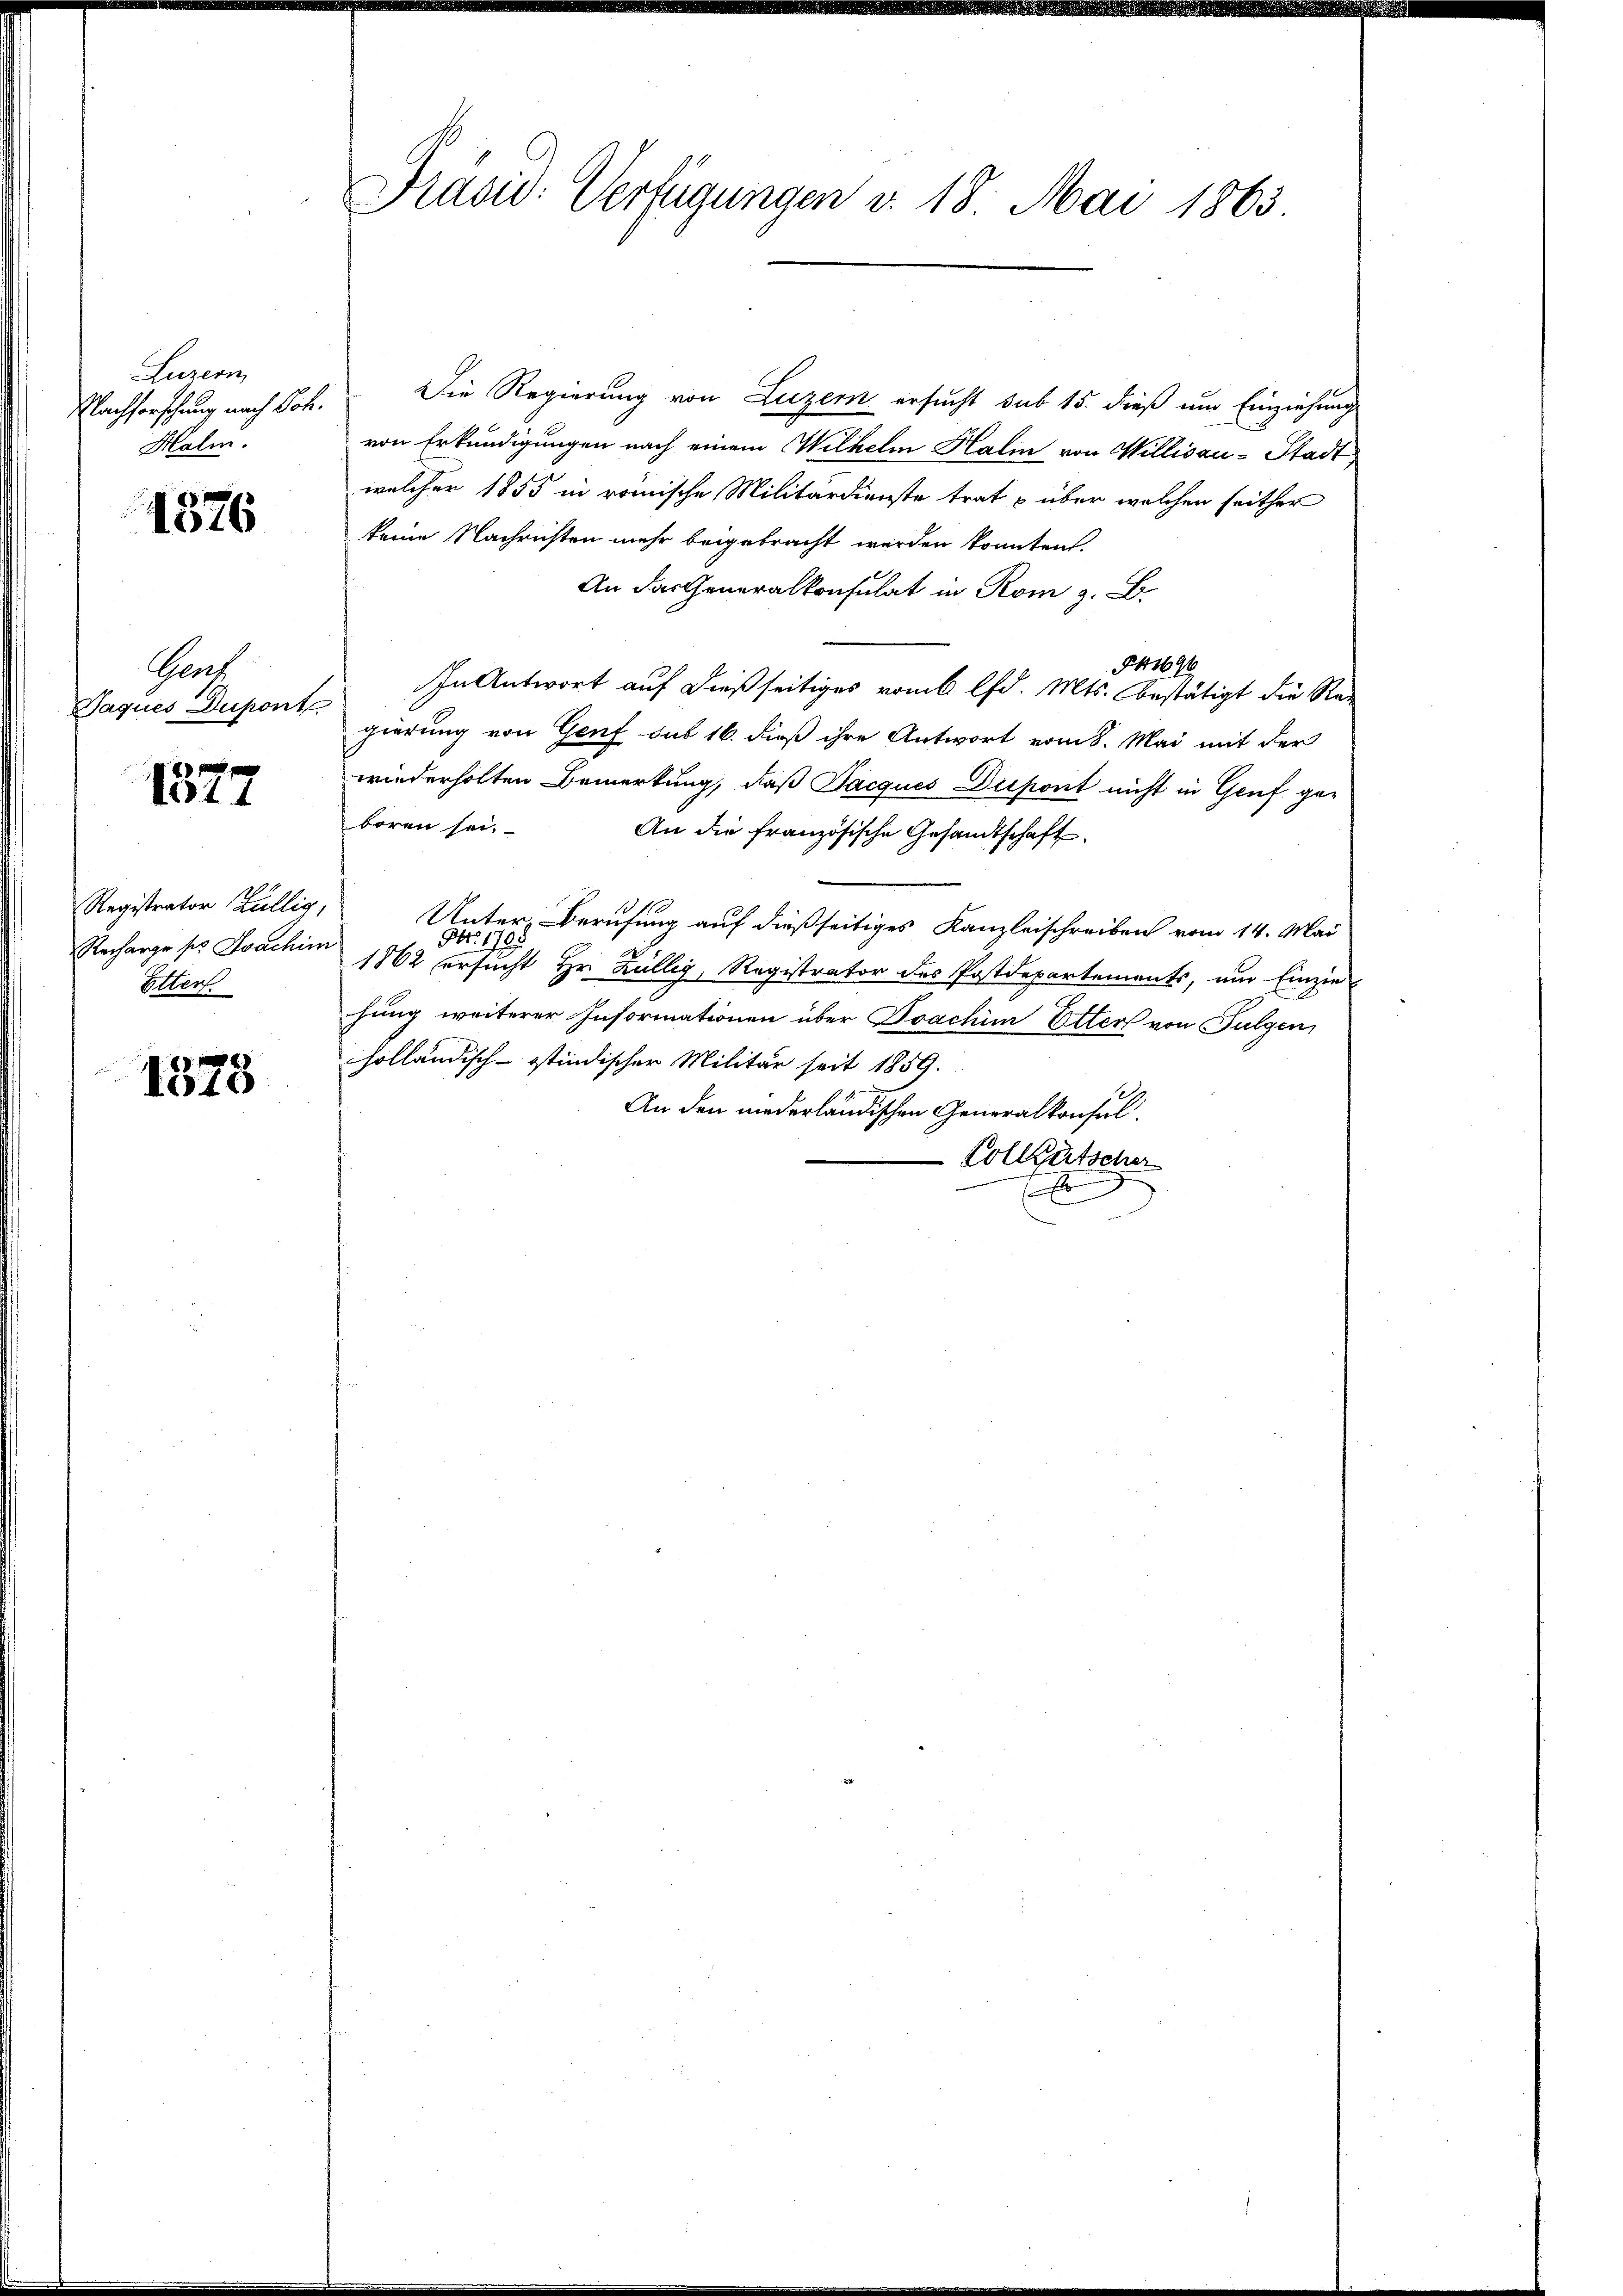
Luzern
Nachforschung nach Joh.
Halm

1576

Geas
Jaques Dupont

1014

Registrator Züllig,
Recharge pr Joachin
Etter.

1873

Präsid. Verfügungen v. 18. Mai 1863.

Die Regierung von Luzern ersucht sub 15. dieß um Einziehung
von Erkundigungen nach einem Wilhelm Halin von Willisau-Stadt
welcher 1855 in römische Militärdienste trat p über welchen seither
keine Nachrichten mehr beigebracht werden konnten.
An das Generalkonsulat in Rom z. B.
§41696
In Antwort auf dießseitiges vom 6 lfd. Mts. bestätigt die Regierung von Genf sub 16. dieß ihre Antwort vom 8. Mai mit der
wiederholten Bemerkung, daß Jacques Dispont nicht in Genf geboren sei.
An die französische Gesandtschaft
Unter Berufung auf dießseitiges Kanzleischreiben vom 14. Mai
Obr. 1705
1862 ersucht Hr. Züllig, Registrator des Postdepartements, um Einzie-
hung weiterer Informationen über Joachim Elter von Fulgen
holländisch-ostindischer Militär seit 1859.
An den niederländischen Generalkonsul
-Colletscher
x